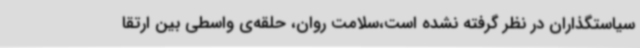
سیاستگذاران در نظر گرفته نشده‌ است،سلامت روان، حلقه‌ی واسطی بین ارتقا